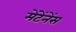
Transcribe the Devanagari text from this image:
मेंटेंनेंस